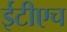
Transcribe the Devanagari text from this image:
ईटीएच